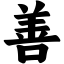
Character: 善